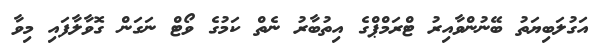
އަގުލަބިޔަތު ބޭނުންވާއިރު ޓްރަމްޕްގެ އިތުބާރު ނެތް ކަމުގެ ވޯޓް ނަގަން ގޮވާލާފައި މިވާ